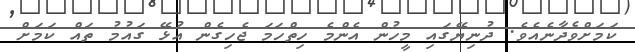
ކަމަށްވެދާނެއެވެ. ދުނިޔޭގައި މީހުން އެންމެ ހިތްހަމަ ޖެހިގެން އުޅޭ ގައުމު ތައް ކަމަށް